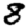
Digit: 8